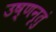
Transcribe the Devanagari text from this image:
उष्णनृतुं